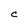
Character: C